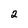
Character: 2